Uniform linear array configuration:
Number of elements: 8
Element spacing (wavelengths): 0.5
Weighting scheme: hamming
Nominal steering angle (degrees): -60
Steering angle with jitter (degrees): -61.03
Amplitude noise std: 0.05
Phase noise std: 0.05

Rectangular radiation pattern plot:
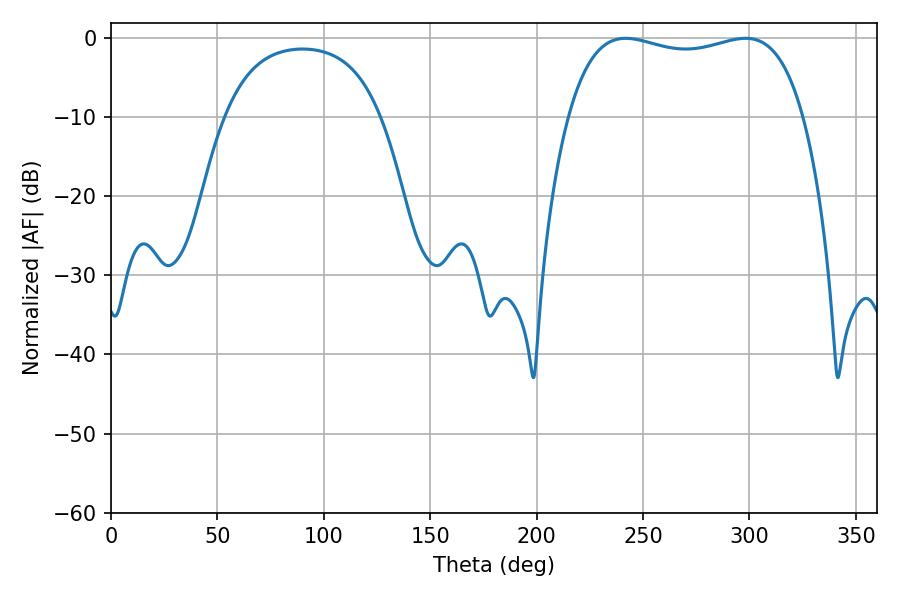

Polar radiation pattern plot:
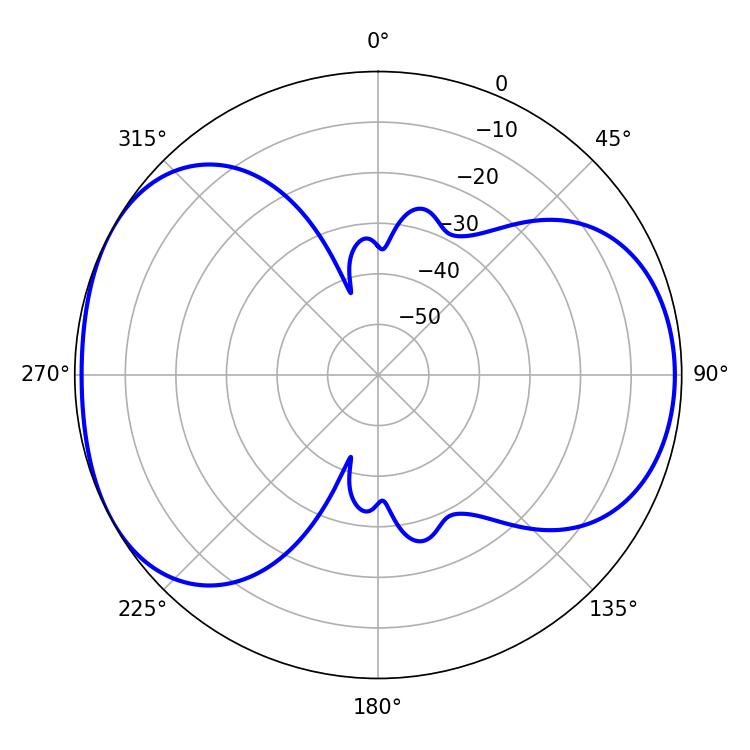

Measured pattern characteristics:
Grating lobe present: FALSE
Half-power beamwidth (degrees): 90
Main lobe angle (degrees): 241.74